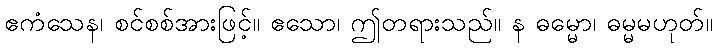
ဧကံသေန၊ စင်စစ်အားဖြင့်။ ဧသော၊ ဤတရားသည်။ န ဓမ္မော၊ ဓမ္မမဟုတ်။